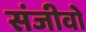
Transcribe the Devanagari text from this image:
संजीवो